Civil Veterinary Department. United Provinces 1923-31 - 1923-1931
Year: 1923
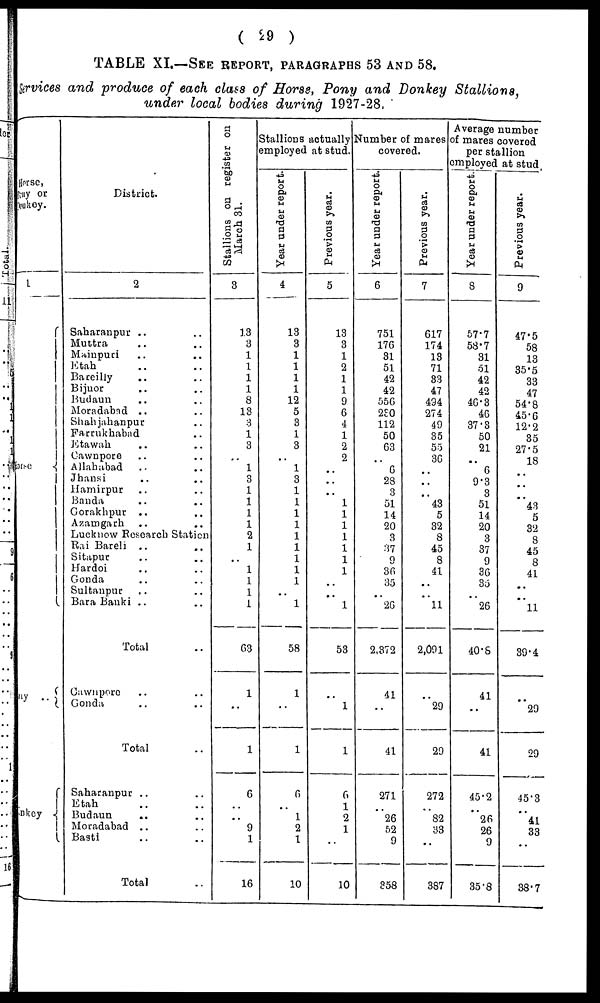
(29)
TABLE XI.—SEE REPORT, PATAGRAPHS 53 AND 58.
Services and produce of each class of Horse, Pony and Donkey Stallions,
under local bodies during 1927-28,
Horse,
any or
honkey.
1
isc
iy ..
nkey
District.
2
Saharanpur .. ..
Muttra .. ..
Mainpuri .. ..
Etah .. ..
Bareilly
.. ..
Bijnor .. ..
Budaun .. ..
Moradabad .. ..
Shahjahanpur ..
Farrukhabad ..
Etawah .. ..
Cawnpore .. ..
Allahabad .. ..
Jhansi .. ..
Hamirpur .. ..
Banda .. ..
Gorakhpur .. ..
Azamgarh ..
..
Luckuow Research Station
Rai Bareli .. ..
Sisapur .. ..
Hardoi .. ..
Gonda .. ..
Sultanpur .. ..
Bara Banki .. ..
Total ..
Gawnpore .. ..
Gonda .. ..
Total ..
Saharanpur .. ..
Etah .. ..
Budaun .. ..
Moradabad .. ..
Basti .. ..
Total ..
Stallions on register on
March 31.
3
13
3
1
1
1
1
8
13
8
1
3
..
1
3
1
1
1
1
2
1
..
1
1
1
1
63
1
..
1
6
..
..
9
1
16
Stallions actually
employed at stud.
Year under report.
4
13
3
1
1
1
1
12
5
3
1
3
.. 1
3
1
1
1
1
1
1
1
1
1
..
1
58
1
..
1
6
..
1
2
1
10
Previous year.
5
13
3
1
2
1
1
9
6
4
1
2
2
..
..
..
1
1
1
1
1
1
1
.. ..
1
53
..
1
1
6
1
2
1
..
10
Number of mares
covered.
Year under report.
6
751
176
31
51
42
42
556
230
112
50
63
..
6
28
3
51
14
20
3
37
9
36
35
..
26
2,372
41
..
41
271
..
26
52
9
358
Previous year.
7
617
174
18
71
33
47
494
274
49
35
55
36
..
..
..
43
5
32
8
45
8
41
..
..
11
2,091
..
29
29
272
..
82
33
..
387
Average number
of mares covered
per stallion
employed at stud
Year under report.
8
57.7
58.7
31
51
42
42
46.3
46
37.3
50
21
..
6
9.3
3
51
14
20
3
37
9
36
35
..
26
40.8
41
..
41
45.2
..
26
26
9
35.8
Previous year.
9
47.5
58
13
35.5
33
47
54.8
45.6
12.2
35
27.5
18
..
..
..
43 5
32
8
45
8
41
..
..
11
39.4
..
29
29
45.3
..
41
33
..
38.7